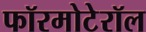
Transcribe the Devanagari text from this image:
फॉरमोटेरॉल